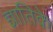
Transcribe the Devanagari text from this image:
ज्ञातिके